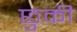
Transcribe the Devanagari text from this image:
छुकी